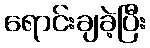
ရောင်းချခဲ့ပြီး